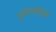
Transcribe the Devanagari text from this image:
मुदियांसेलागे